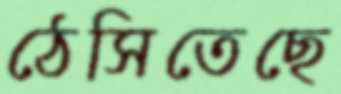
ঠেসিতেছে